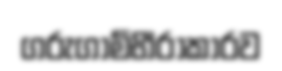
ගරුගාම්භීරාකාරව